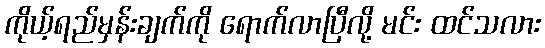
ကိုယ့်ရည်မှန်းချက်ကို ရောက်လာပြီလို့ မင်း ထင်သလား